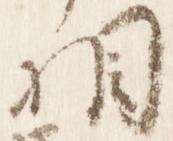
相